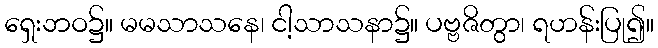
ရှေးဘဝ၌။ မမသာသနေ၊ ငါ့သာသနာ၌။ ပဗ္ဗဇိတွာ၊ ရဟန်းပြု၍။